Holstre_vallavalitsus, lk 93
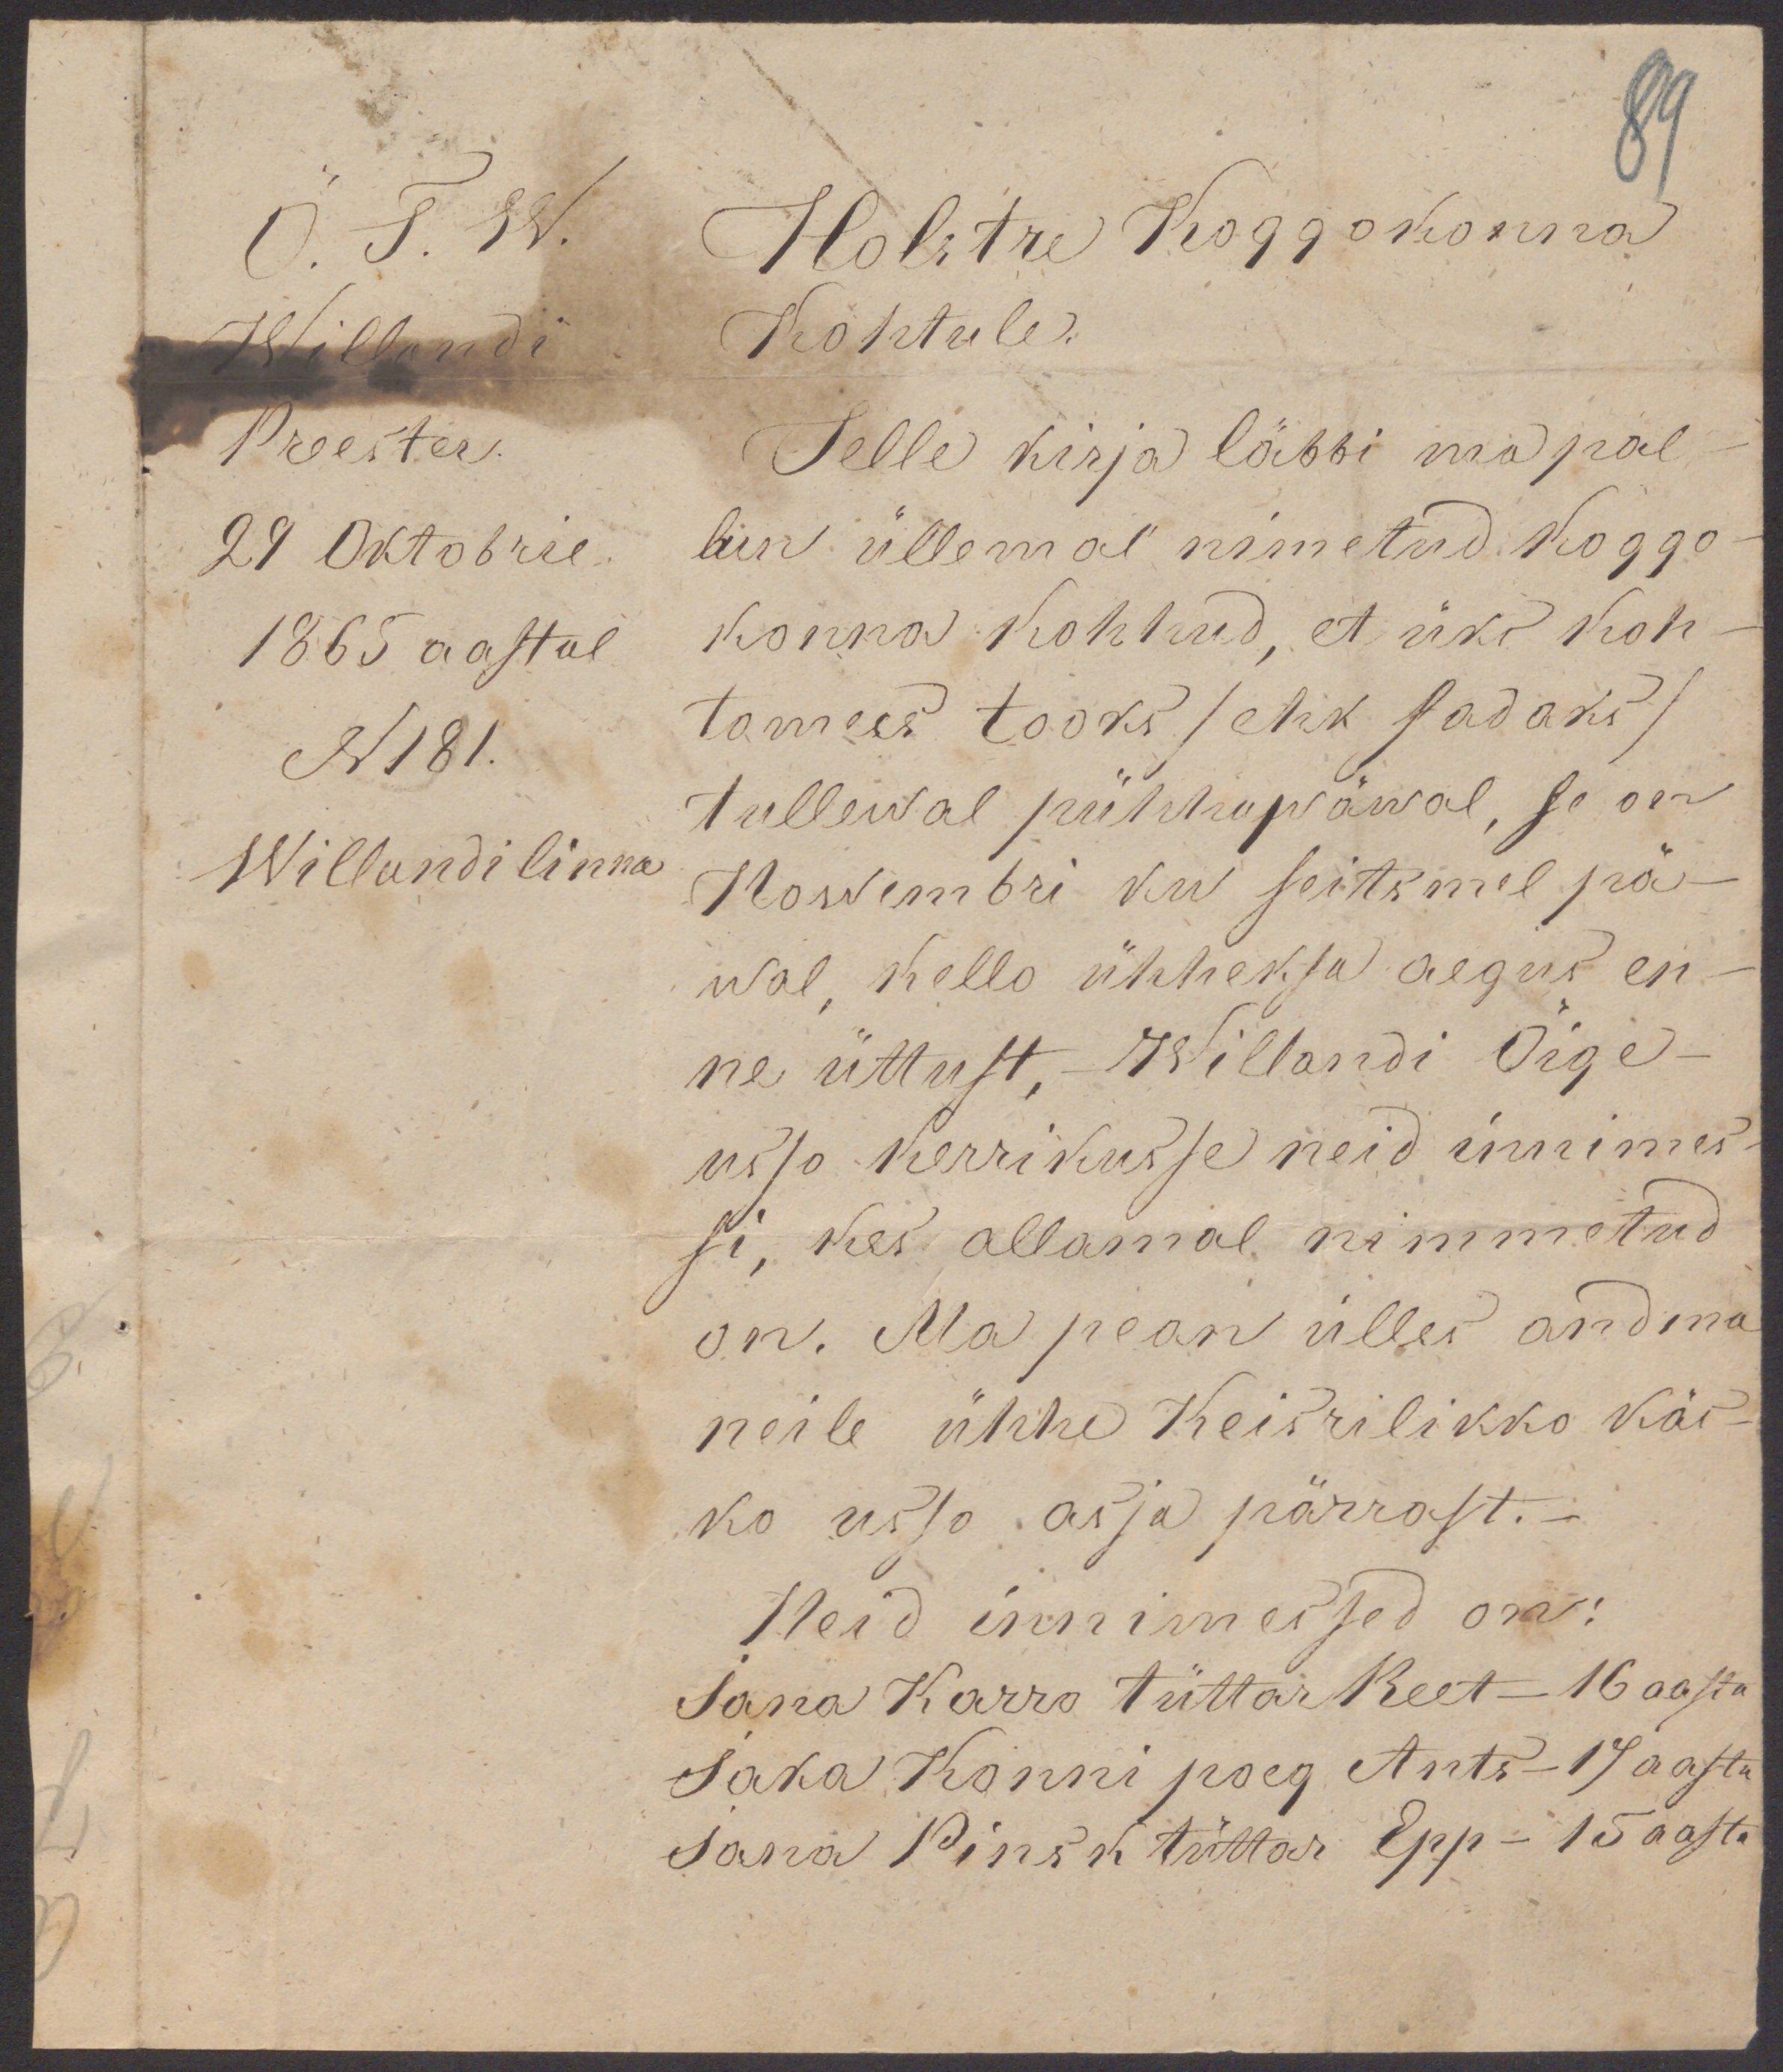
89
Õ. T. W.
Willandi
Preester.
29 Oktobril
1865 aastal
N 181.
Willandi linna
Holstre Koggokonna
Kohtule.
Selle kirja läbbi ma pal-
lun üllemal nimetud koggo-
konna kohhud, et üks koh-
tomees tooks /ehk sadaks/
tullewal pühhapäwal, se on
Nowembri ku seitsmel pä-
wal, kello ühheksa aegus en-
ne üttust, Willandi Õige-
usso kerrikusse neid innimes-
si, kes allamal nimmetud
on. Ma pean ülles andma
neile ühhe Keisrilikko käs-
ko usso asja pärrast.-
Neid innimessed on:
Jana Karro tüttar Reet - 16 aasta
Jaka Konni poeg Ants - 17 aasta
Jana Pinsk tüttar Epp - 15 aasta